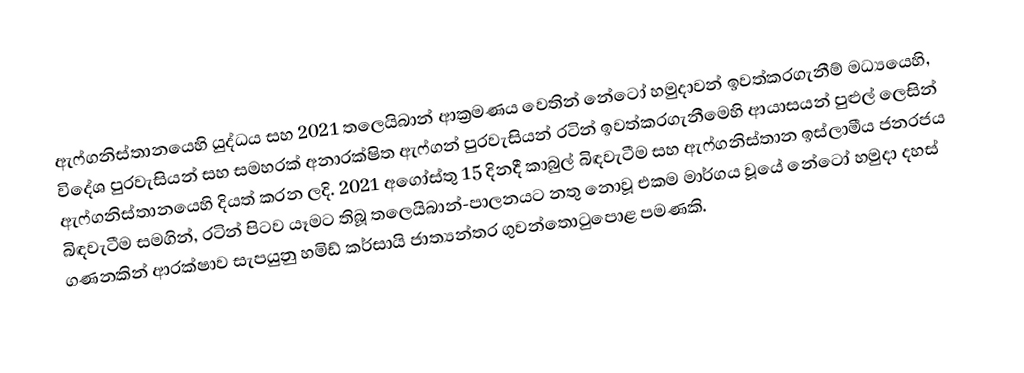
ඇෆ්ගනිස්තානයෙහි යුද්ධය සහ 2021 තලෙයිබාන් ආක්‍රමණය වෙතින් නේටෝ හමුදාවන් ඉවත්කරගැනීම් මධ්‍යයෙහි, විදේශ පුරවැසියන් සහ සමහරක් අනාරක්ෂිත ඇෆ්ගන් පුරවැසියන් රටින් ඉවත්කරගැනීමෙහි ආයාසයන් පුළුල් ලෙසින් ඇෆ්ගනිස්තානයෙහි දියත් කරන ලදි. 2021 අගෝස්තු 15 දිනදී  කාබුල් බිඳවැටීම සහ ඇෆ්ගනිස්තාන ඉස්ලාමීය ජනරජය බිඳවැටීම සමගින්, රටින් පිටව යෑමට තිබූ තලෙයිබාන්-පාලනයට නතු නොවූ එකම මාර්ගය වූයේ නේටෝ හමුදා දහස් ගණනකින් ආරක්ෂාව සැපයුනු හමිඩ් කර්සායි ජාත්‍යන්තර ගුවන්තොටුපොළ පමණකි.